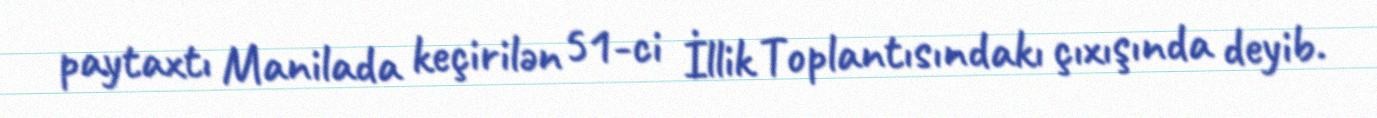
paytaxtı Manilada keçirilən 51-ci İllik Toplantısındakı çıxışında deyib.